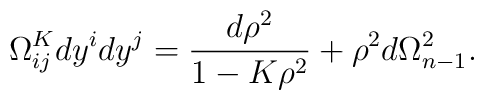
\Omega^K_{ij}dy^idy^j = \frac{d\rho^2}{1-K\rho^2}+\rho^2d\Omega_{n-1}^2.